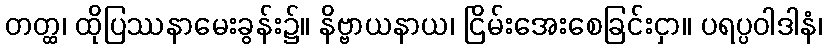
တတ္ထ၊ ထိုပြဿနာမေးခွန်း၌။ နိဗ္ဗာယနာယ၊ ငြိမ်းအေးစေခြင်းငှာ။ ပရပ္ပဝါဒါနံ၊